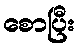
စောပြီး